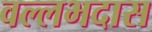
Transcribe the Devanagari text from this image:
वल्लभदास